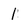
Character: 1